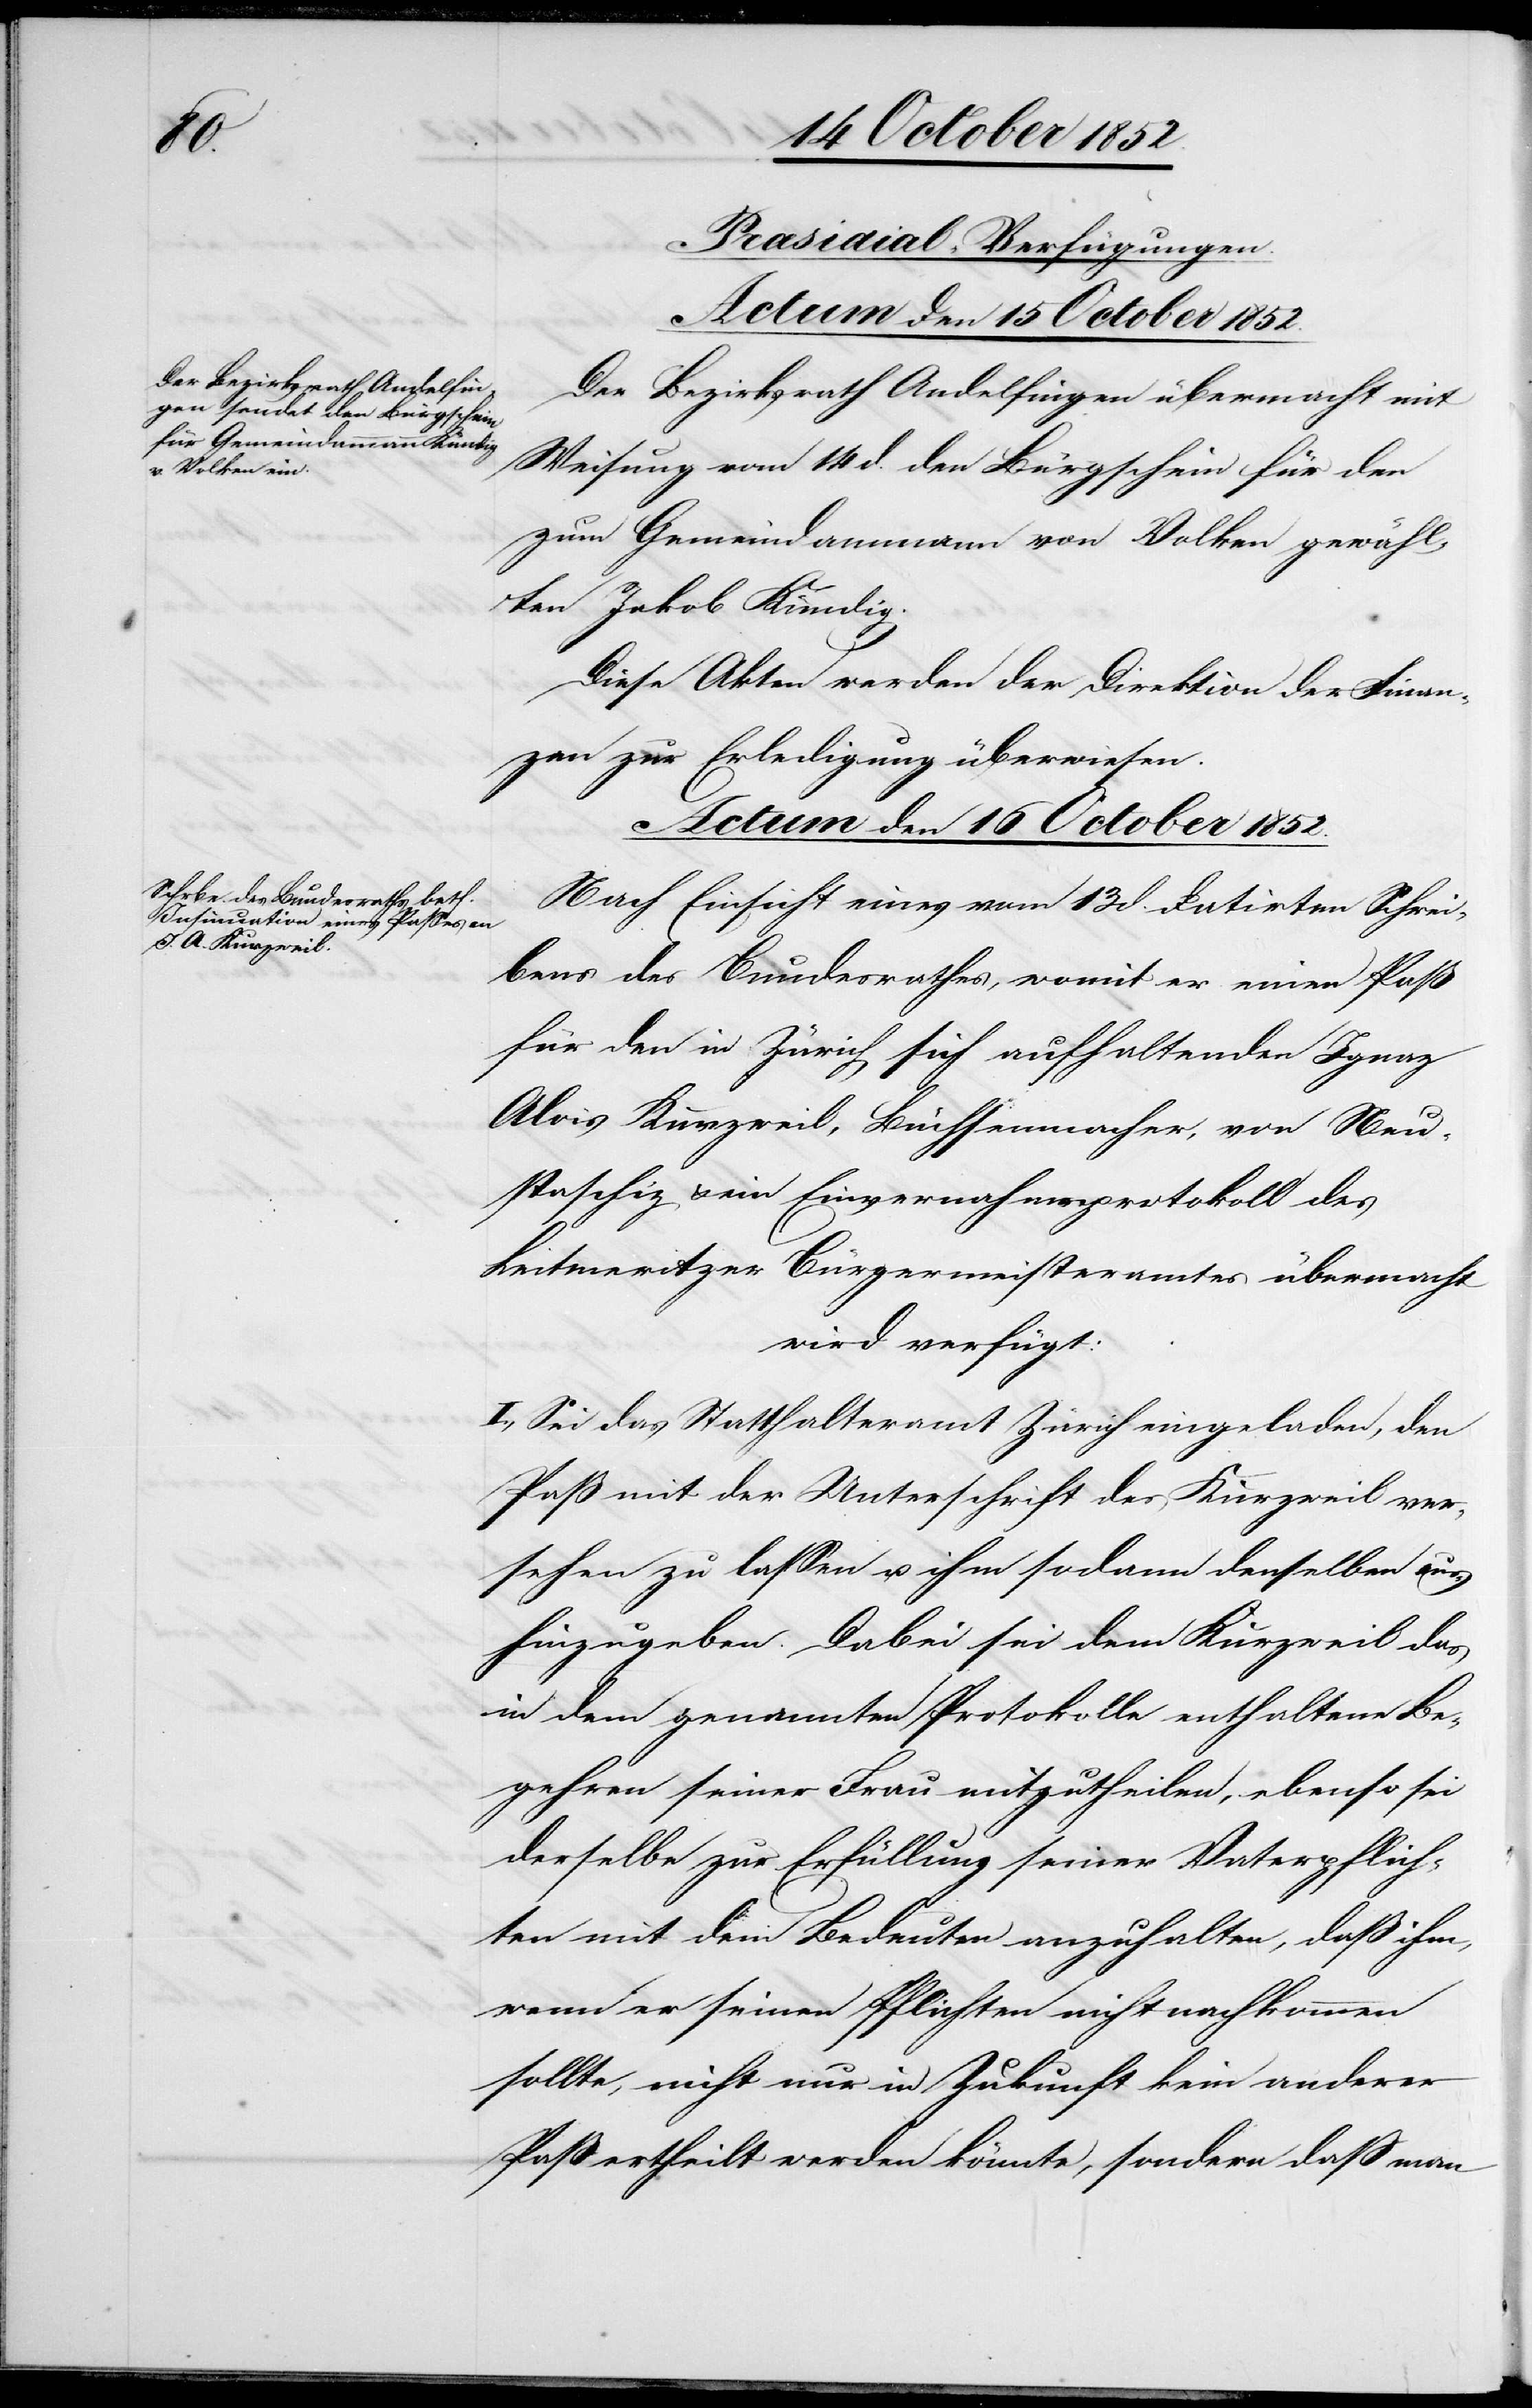
[Præsidial-Verfügungen.]
Actum den 16 October 1852.
Der Bezirksrath Andelfingen übermacht mit
Weisung vom 14 d. den Bürgschein für den
zum Gemeindammann von Volken gewähl¬
ten Jakob Kündig.
Diese Akten werden der Direktion der Finan¬
zen zur Erledigung überwiesen.
Nach Einsicht eines vom 13 d. datirten Schrei¬
bens des Bundesrathes, womit er einen Paß
für den in Zürich sich aufhaltenden Ignaz
Alois Kurzweil, Büchsenmacher, von Neu¬
staschiz, & ein Einvernahmsprotokoll des
Leitmeritzer Bürgermeisteramtes übermacht
wird verfügt:
I., Sei das Statthalteramt Zürich eingeladen, den
Paß mit der Unterschrift des Kurzweil ver¬
sehen zu lassen u. ihm sodann denselben aus¬
hinzugeben. Dabei sei dem Kurzweil das
in dem genannten Protokolle enthaltene Be¬
gehren seiner Frau mitzutheilen, ebenso sei
derselbe zur Erfüllung seiner Vaterpflich¬
ten mit dem Bedeuten anzuhalten, daß ihm,
wenn er seinen Pflichten nicht nachkommen
sollte, nicht nur in Zukunft kein anderer
Paß ertheilt werden könnte, sondern daß man